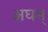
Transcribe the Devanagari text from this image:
अघम्